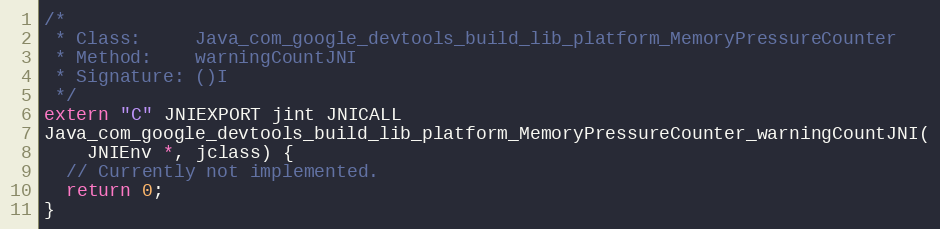
Language: C++
/*
 * Class:     Java_com_google_devtools_build_lib_platform_MemoryPressureCounter
 * Method:    warningCountJNI
 * Signature: ()I
 */
extern "C" JNIEXPORT jint JNICALL
Java_com_google_devtools_build_lib_platform_MemoryPressureCounter_warningCountJNI(
    JNIEnv *, jclass) {
  // Currently not implemented.
  return 0;
}